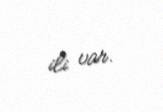
ili var.